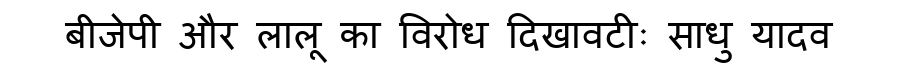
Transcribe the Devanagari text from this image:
बीजेपी और लालू का विरोध दिखावटीः साधु यादव